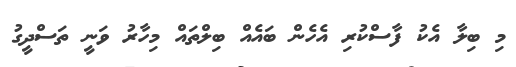
މި ބިލާ އެކު ފާސްކުރި އެހެން ބައެއް ބިލްތައް މިހާރު ވަނީ ތަސްދީގު